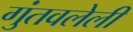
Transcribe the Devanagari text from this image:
गुंतवलेली